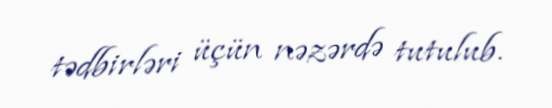
tədbirləri üçün nəzərdə tutulub.